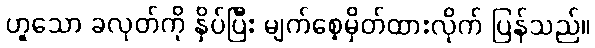
ဟူသော ခလုတ်ကို နှိပ်ပြီး မျက်စေ့မှိတ်ထားလိုက် ပြန်သည်။